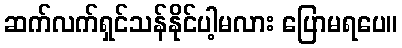
ဆက်လက်ရှင်သန်နိုင်ပါ့မလား ပြောမရပေ။